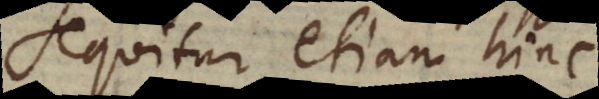
Sequitur etiam hinc